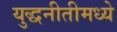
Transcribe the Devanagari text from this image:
युद्धनीतीमध्ये